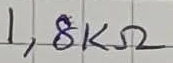
Text: 1,8KΩ